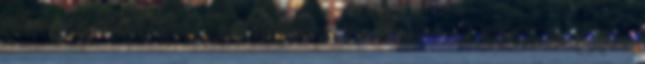
albumról Stílus R&B soul Hossz 3:30 albumváltozat A Fallin’ Alicia